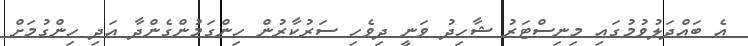
އެ ބައްދަލުވުމުގައި މިނިސްޓަރު ޝާހިދު ވަނީ ދިވެހި ސަރުކާރުން ހިންގަމުންގެންދާ އަދި ހިންގުމަށް